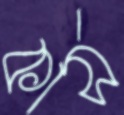
কার্স